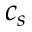
c _ { s }